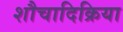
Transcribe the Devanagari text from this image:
शौचादिक्रिया